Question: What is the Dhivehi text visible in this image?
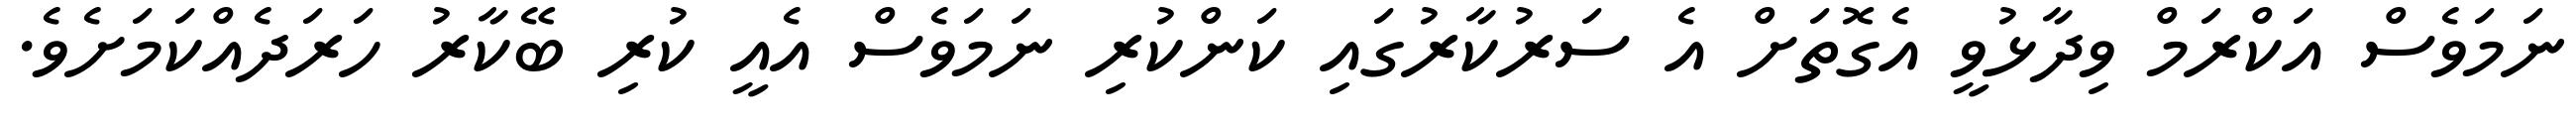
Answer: ނަމަވެސް އަކްރަމް ވިދާޅުވީ އެގޮތަށް އެ ސަރުކާރުގައި ކަންކުރި ނަމަވެސް އެއީ ކުރި ބޭކާރު ހަރަދެއްކަމަށެވެ.